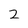
Character: 2